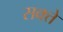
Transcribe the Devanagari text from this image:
सक्त्ते